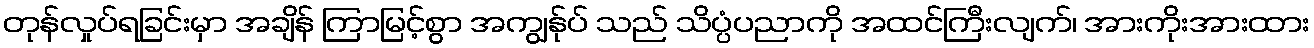
တုန်လှုပ်ရခြင်းမှာ အချိန် ကြာမြင့်စွာ အကျွန်ုပ် သည် သိပ္ပံပညာကို အထင်ကြီးလျက်၊ အားကိုးအားထား